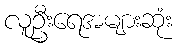
လူဦးရေအများဆုံး